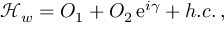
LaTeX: { \mathcal H } _ { w } = { \cal O } _ { 1 } + { \cal O } _ { 2 } \, \mathrm { e } ^ { i \gamma } + h . c . \, ,